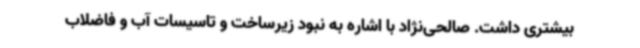
بیشتری داشت. صالحی‌نژاد با اشاره به نبود زیرساخت و تاسیسات آب و فاضلاب